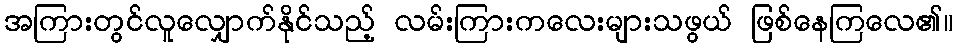
အကြားတွင်လူလျှောက်နိုင်သည့် လမ်းကြားကလေးများသဖွယ် ဖြစ်နေကြလေ၏။